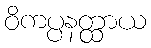
ဝိကပ္ပနတ္ထာယ